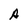
Character: A